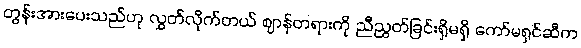
တွန်းအားပေးသည်ဟု လွှတ်လိုက်တယ် ဈာန်တရားကို ညီညွတ်ခြင်းရှိမရှိ ကော်မရှင်ဆီက